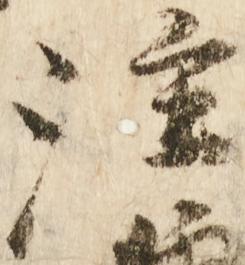
注